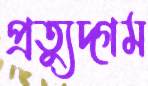
প্রত্যুদ্গম